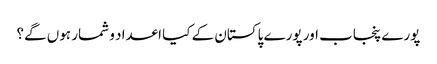
پورے پنجاب اور پورے پاکستان کے کیا اعداد و شمار ہوں گے؟